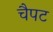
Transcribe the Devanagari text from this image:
चैपट